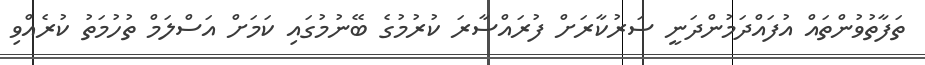
ތަފާތުވުންތައް އުފައްދަމުންދަނީ ސަރުކާރަށް ފުރައްސާރަ ކުރުމުގެ ބޭނުމުގައި ކަމަށް އަސްލަމް ތުހުމަތު ކުރެއްވި